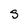
Character: S